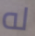
له